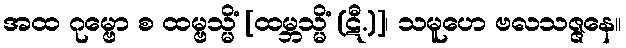
အထ ဂုမ္ဗော စ ထမ္ဗသ္မိံ [ထမ္ဘသ္မိံ (ဋီ.)]၊ သမူဟေ ဗလသဇ္ဇနေ။